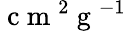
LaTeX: \mathrm{~c~m~}^{2}\mathrm{~g~}^{-1}